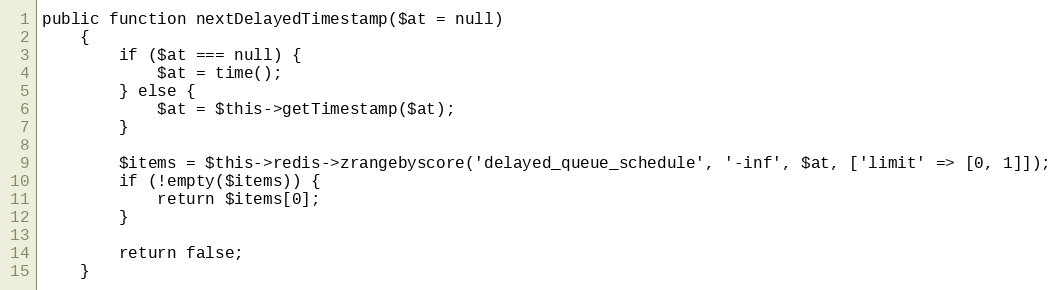
Language: PHP
public function nextDelayedTimestamp($at = null)
    {
        if ($at === null) {
            $at = time();
        } else {
            $at = $this->getTimestamp($at);
        }

        $items = $this->redis->zrangebyscore('delayed_queue_schedule', '-inf', $at, ['limit' => [0, 1]]);
        if (!empty($items)) {
            return $items[0];
        }

        return false;
    }